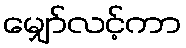
မျှော်လင့်ကာ